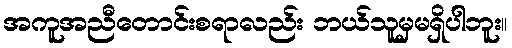
အကူအညီတောင်းစရာလည်း ဘယ်သူမှမရှိပါဘူး။